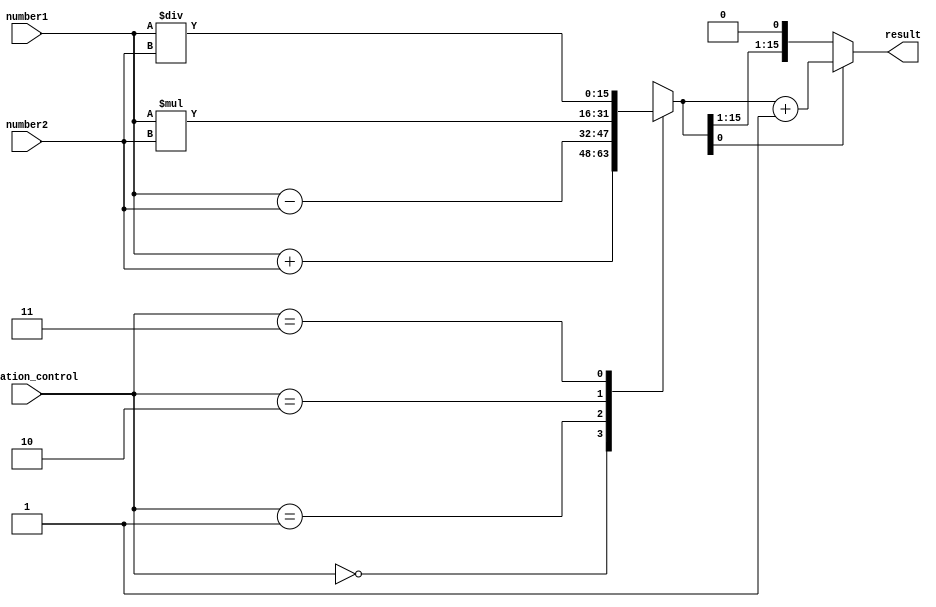
module fixed_point_rounding_unit (
    input [15:0] number1,
    input [15:0] number2,
    input [1:0] operation_control, // 00=addition, 01=subtraction, 10=multiplication, 11=division
    output reg [15:0] result
);

always @ (*) begin
    case (operation_control)
        2'b00 : result = number1 + number2;
        2'b01 : result = number1 - number2;
        2'b10 : result = number1 * number2;
        2'b11 : result = number1 / number2;
        default: result = 16'h0000; // default case for invalid operation
    endcase

    if (result[0] == 1) begin
        result = result + 1; // round up to the nearest integer
    end

end

endmodule